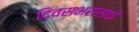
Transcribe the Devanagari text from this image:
दिवसभरासाठी